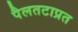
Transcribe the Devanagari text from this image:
पैलतटाप्रत